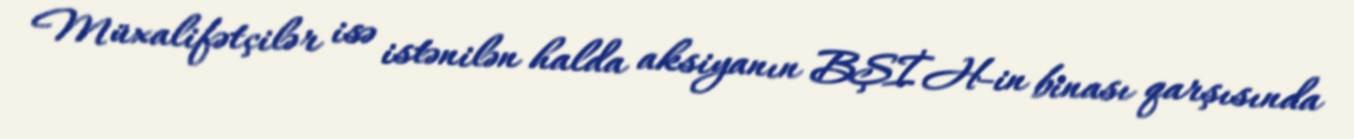
Müxalifətçilər isə istənilən halda aksiyanın BŞİH-in binası qarşısında